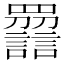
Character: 𧭿